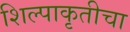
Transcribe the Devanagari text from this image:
शिल्पाकृतीचा